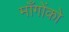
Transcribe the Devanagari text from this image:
माँगोंको